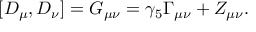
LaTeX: [ D _ { \mu } , D _ { \nu } ] = G _ { \mu \nu } = \gamma _ { 5 } \Gamma _ { \mu \nu } + Z _ { \mu \nu } .